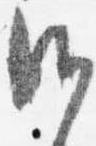
御